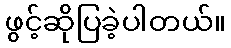
ဖွင့်ဆိုပြခဲ့ပါတယ်။